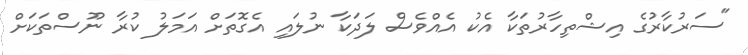
"ސަރުކާރުގެ އިޝްތިހާރުތަކާ އެކު އެއްވެސް ލަދަކާ ނުލައި އެގޮތަށް އަމަލު ކުރާ ނޫސްތަކަށް